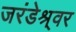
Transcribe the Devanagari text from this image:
जरंडेश्र्वर